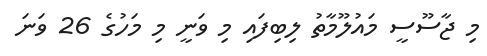
މި ޖާސޫސީ މައުލޫމާތު ލިބިފައި މި ވަނީ މި މަހުގެ 26 ވަނަ